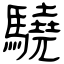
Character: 驍